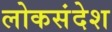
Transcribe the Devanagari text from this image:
लोकसंदेश